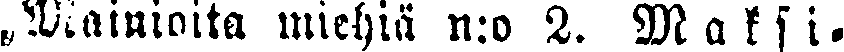
„Mainioita miehiä n:o 2. Maksi-